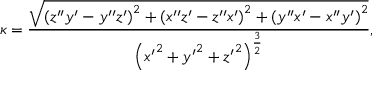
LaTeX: \kappa = { \frac { \sqrt { \left( z ^ { \prime \prime } y ^ { \prime } - y ^ { \prime \prime } z ^ { \prime } \right) ^ { 2 } + \left( x ^ { \prime \prime } z ^ { \prime } - z ^ { \prime \prime } x ^ { \prime } \right) ^ { 2 } + \left( y ^ { \prime \prime } x ^ { \prime } - x ^ { \prime \prime } y ^ { \prime } \right) ^ { 2 } } } { \left( { x ^ { \prime } } ^ { 2 } + { y ^ { \prime } } ^ { 2 } + { z ^ { \prime } } ^ { 2 } \right) ^ { \frac { 3 } { 2 } } } } ,